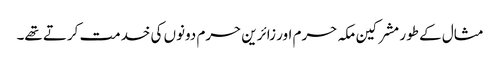
مثال کے طور مشرکین مکہ حرم اور زائرین حرم دونوں کی خدمت کرتے تھے۔